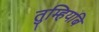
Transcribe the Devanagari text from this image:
तुम्हियबि